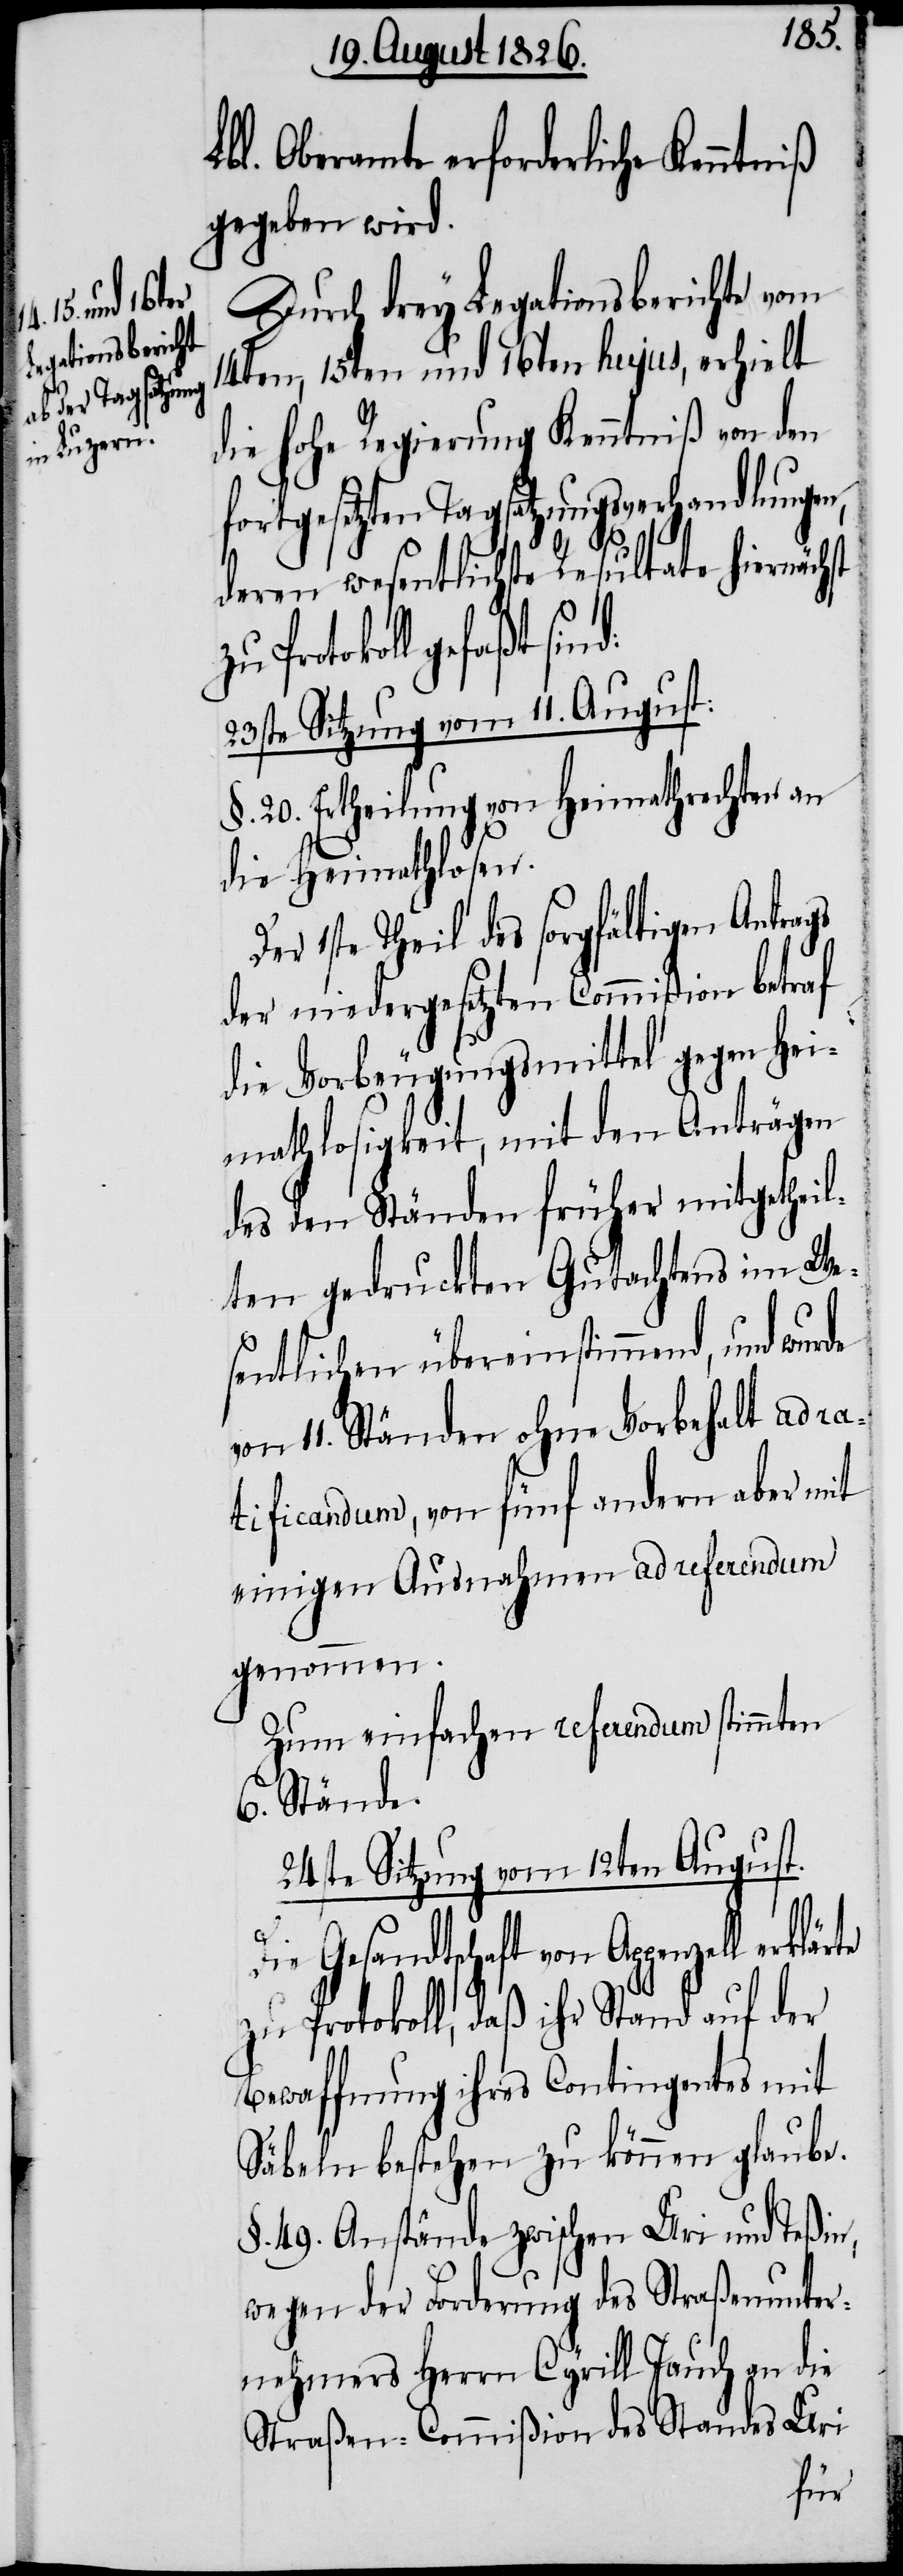
ntniß

Lbl. Oberamt erforderliche Ken¬
gegeben wird.
Durch drey Legationsberichte vom
14ten, 15ten und 16ten hujus, erhielt
die hohe Regierung Kenntniß von den
fortgesetzten Tagsatzungsverhandlungen,
deren wesentlichste Resultate hiernächst
Protokoll gefaßt sind:
23ste Sitzung vom 11. August:
§. 20. Ertheilung von Heimathrechten an
die Heimathlosen.
1ste Theil des sorgfältigen Antrags
der niedergesetzten Commißion betraf
die Vorbeugungsmittel gegen Hei¬
mathlosigkeit, mit den Anträgen
des den Ständen früher mitgetheil¬
ten gedruckten Gutachtens im We¬
sentlichen übereinstimmend, und
von 11. Ständen ohne Vorbehalt ad ra¬
tificandum, von fünf anderen aber mit
einigen Ausnahmen ad referendum
genommen.
Zum einfachen referendum stimmten
6. Stände.
24ste Sitzung vom 12ten August.
Die Gesandtschaft von Appenzell
zu Protokoll, daß ihr Stand auf der
Bewaffnung ihres Contingentes mit
Säbeln bestehen zu können glaube.
§. 49. Anstände zwischen Uri und Teßin,
wegen der Forderung des Straßenunter¬
nehmers Herrn Cyrill Jauch an die
Straßen-Commißion des Standes Uri